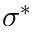
\sigma ^ { * }